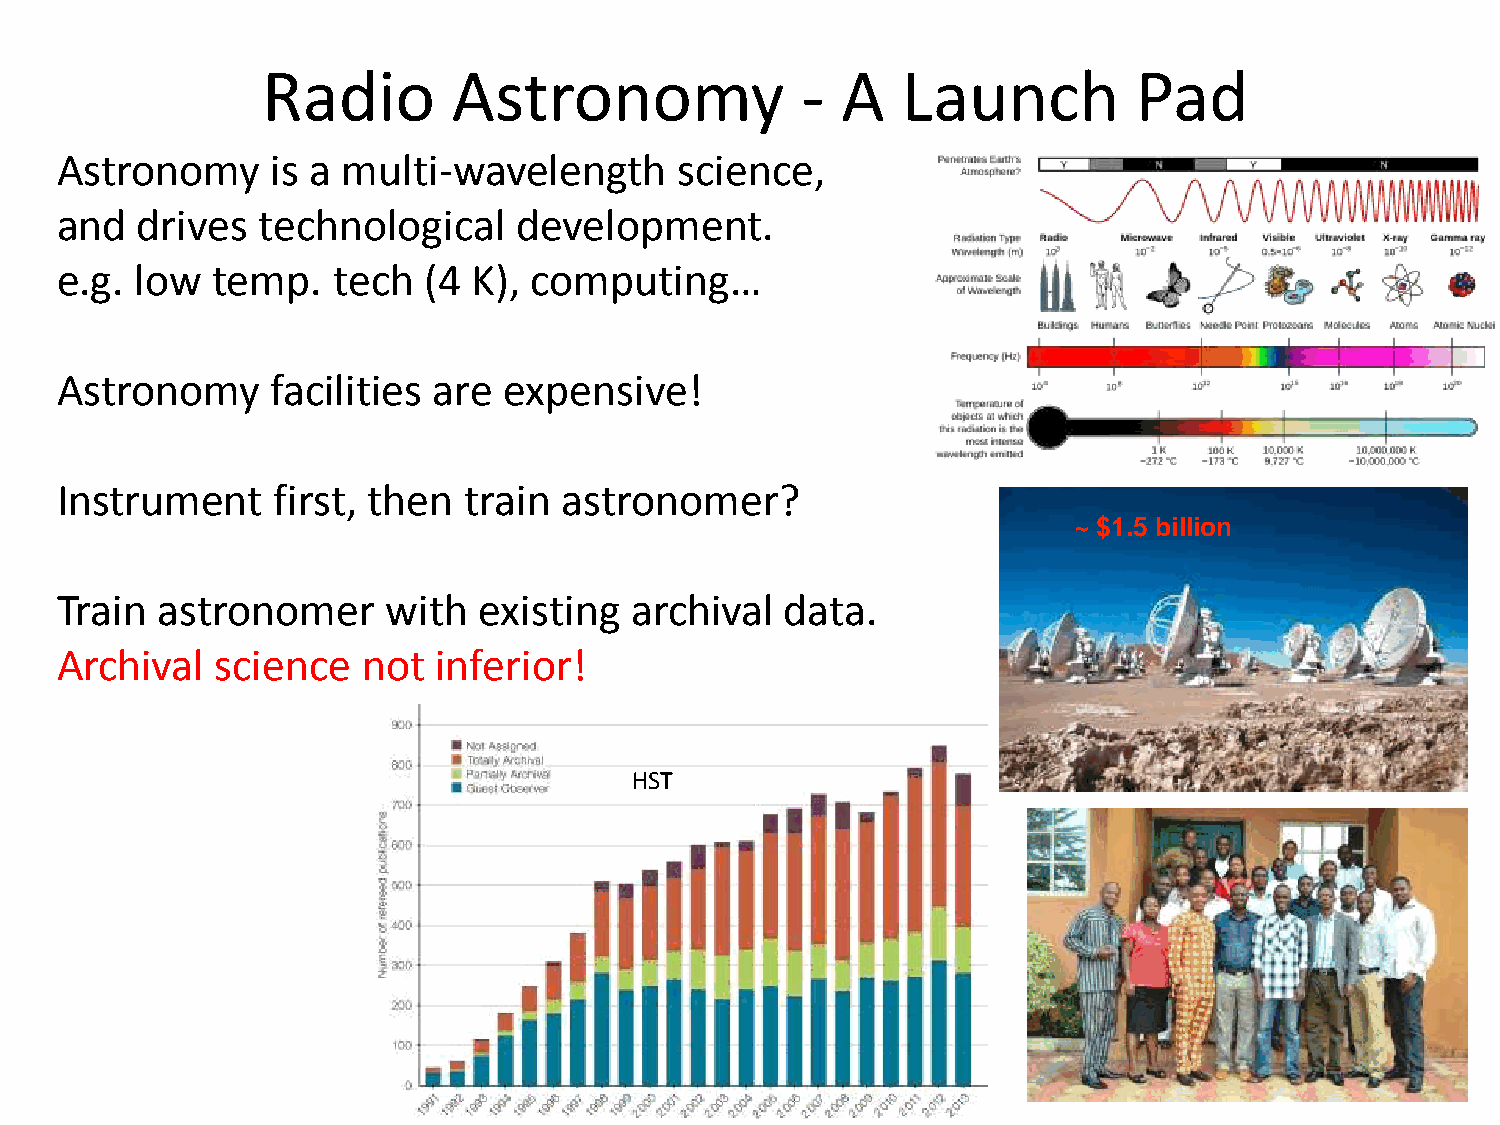
Radio        Astronomy              -  A   Launch         Pad
 Astronomy     is a multi-wavelength      science,
 and  drives  technological    development.
 e.g. low  temp.   tech  (4 K), computing…
 Astronomy     facilities are expensive!
 Instrument    first, then  train astronomer?
 ~ $1.5 billion
 Train astronomer      with  existing  archival  data.
 Archival  science   not  inferior!
 HST